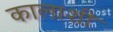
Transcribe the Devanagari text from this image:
कालाशी